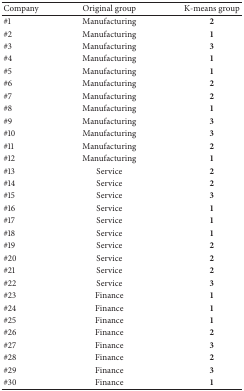
| Company | Originalgroup | K-means group |
 | --- | --- | --- |
 | #1 | Manufacturing | 2 |
 | #2 | Manufacturing | 1 |
 | #3 | Manufacturing | 3 |
 | #4 | Manufacturing | 1 |
 | #5 | Manufacturing | 1 |
 | #6 | Manufacturing | 2 |
 | #7 | Manufacturing | 2 |
 | #8 | Manufacturing | 1 |
 | #9 | Manufacturing | 3 |
 | #10 | Manufacturing | 3 |
 | #11 | Manufacturing | 2 |
 | #12 | Manufacturing | 1 |
 | #13 | Service | 2 |
 | #14 | Service | 2 |
 | #15 | Service | 3 |
 | #16 | Service | 1 |
 | #17 | Service | 1 |
 | #18 | Service | 1 |
 | #19 | Service | 2 |
 | #20 | Service | 2 |
 | #21 | Service | 2 |
 | #22 | Service | 3 |
 | #23 | Finance | 1 |
 | #24 | Finance | 1 |
 | #25 | Finance | 1 |
 | #26 | Finance | 2 |
 | #27 | Finance | 3 |
 | #28 | Finance | 2 |
 | #29 | Finance | 3 |
 | #30 | Finance | 1 |